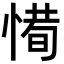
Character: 𢞧